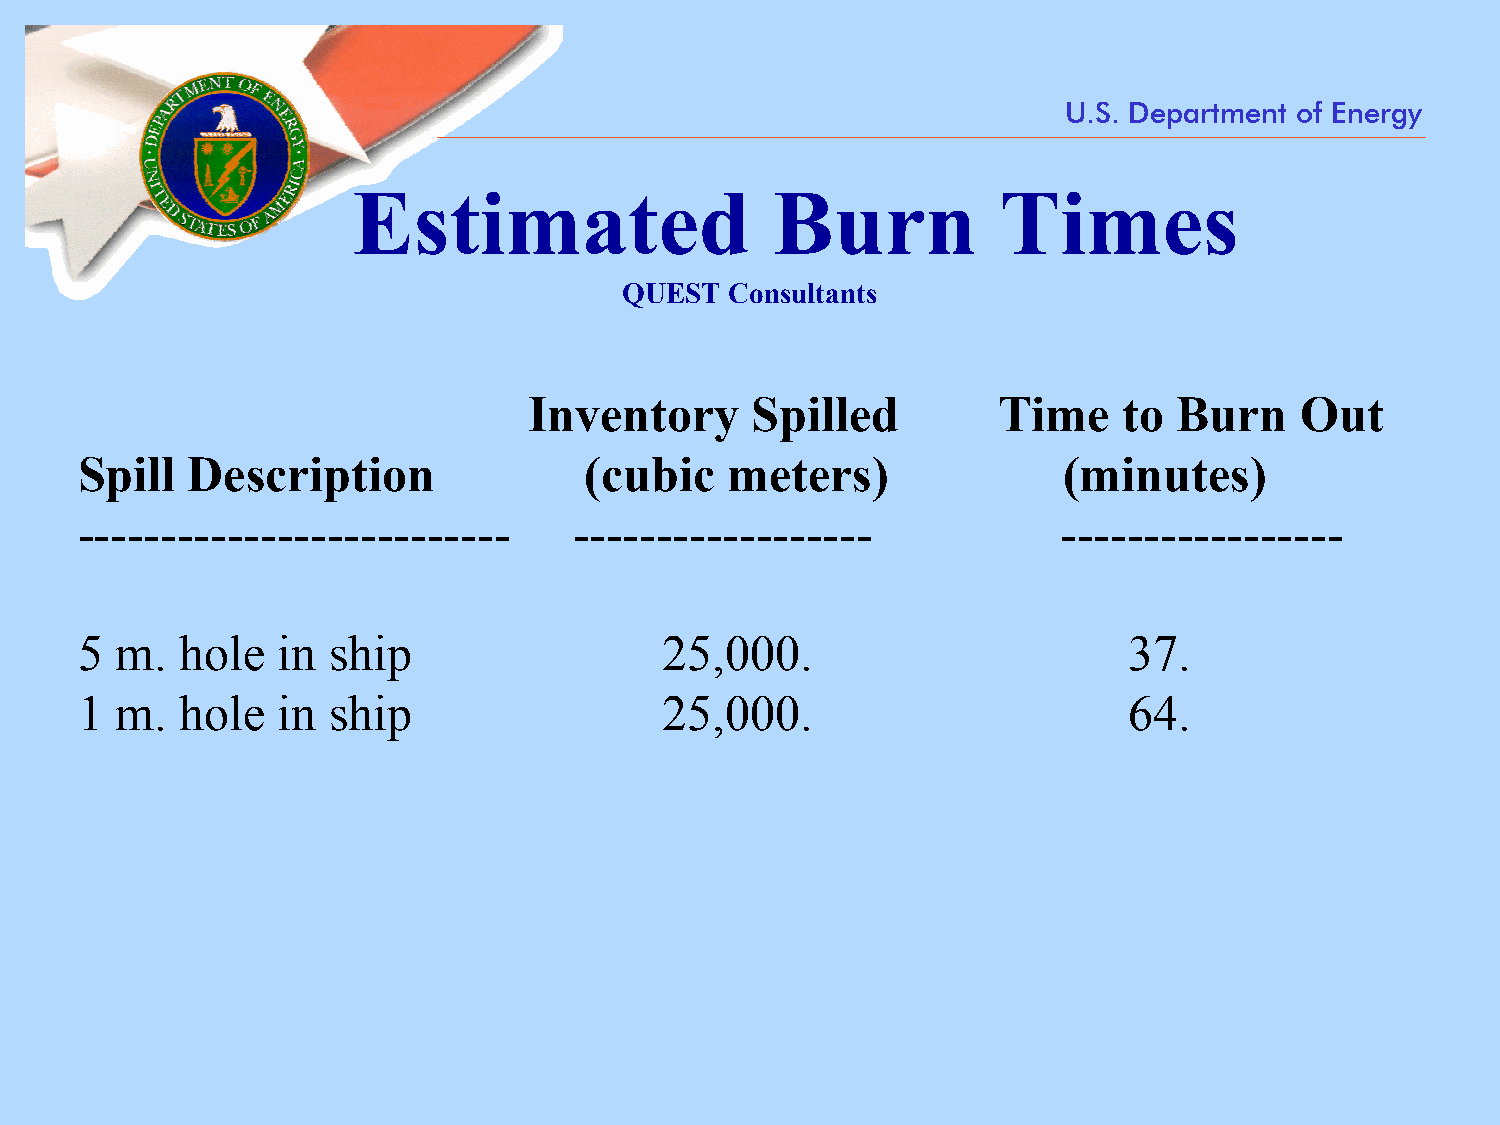
U.S. Department of Energy
 Estimated                   Burn           Times
 QUEST  Consultants
 Inventory      Spilled         Time    to  Burn    Out
 Spill  Description                (cubic   meters)               (minutes)
 --------------------------       ------------------              -----------------
 5  m.  hole  in  ship                  25,000.                        37.
 1  m.  hole  in  ship                  25,000.                        64.